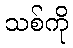
သစ်ကို